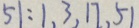
5 1 : 1 , 3 , 1 7 , 5 1